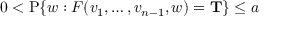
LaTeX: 0 < \operatorname { P } \{ w : F ( v _ { 1 } , \ldots , v _ { n - 1 } , w ) = \mathbf { T } \} \leq a